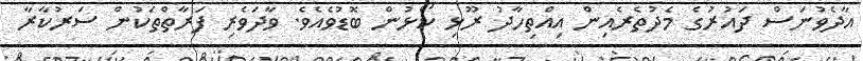
އާދެވުނަސް ދައުރުގެ މެދުތެރެއިން އިއްތިހާދު ރޫޅި ކޯޅުން ބޮޑުވެއެވެ. ވާދަވެރި ފަރާތްތަކުން ސަރުކާރާ